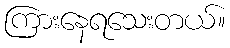
ကြားနေရသေးတယ်။